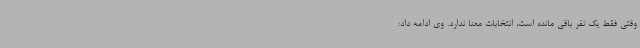
وقتی فقط یک نفر باقی مانده است، انتخابات معنا ندارد. وی ادامه داد: